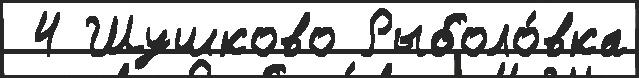
 4 Шушково Рыболо́вка